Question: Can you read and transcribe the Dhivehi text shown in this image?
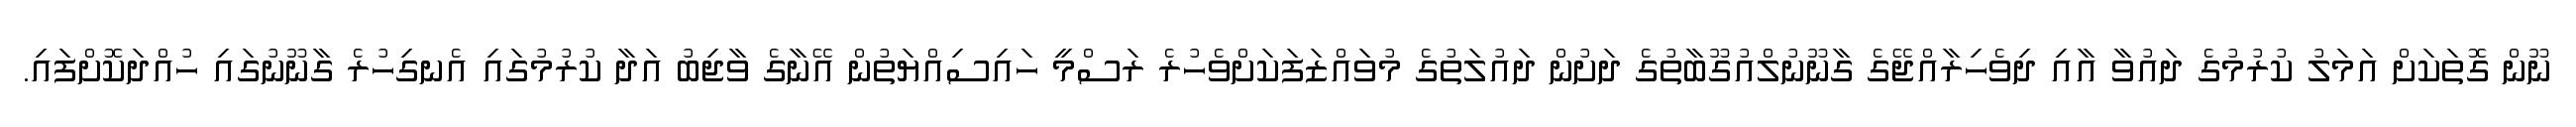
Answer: ނޫން ގޮތަކަށް އަމަލު ކުރުމުގެ ދައުވާ އާއި ދިވެހިރާއްޖޭގެ ގާނޫނުލްއުގޫބާތުގެ ދަށުން ދައުލަތުގެ މުވައްޒަފަކަށްވެހުރެ ރަސްމީ ހައިސިއްޔަތުން އޭނާގެ ވާޖިބު އަދާ ކުރުމުގައި އެނގިހުރެ ގާނޫނުގައި ހުއްދަކޮށްފައި.